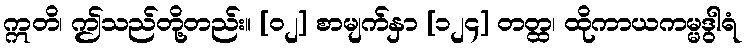
ဣတိ၊ ဤသည်တို့တည်း။ [၀၂] စာမျက်နှာ [၁၂၄] တတ္ထ၊ ထိုကာယကမ္မဒွါရံ